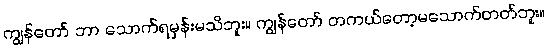
ကျွန်တော် ဘာ သောက်ရမှန်းမသိဘူး။ ကျွန်တော် တကယ်တော့မသောက်တတ်ဘူး။